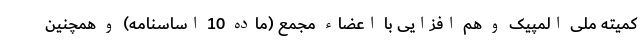
کمیته ملی المپیک و هم افزایی با اعضاء مجمع (ماده 10 اساسنامه) و همچنین